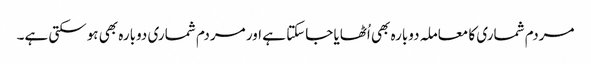
مردم شماری کا معاملہ دوبارہ بھی اُٹھایا جاسکتا ہے اور مردم شماری دوبارہ بھی ہوسکتی ہے۔